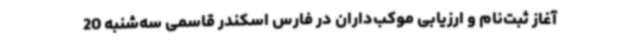
آغاز ثبت‌نام و ارزیابی موکب‌داران در فارس اسکندر قاسمی سه‌شنبه 20